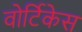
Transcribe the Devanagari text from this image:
वोर्टिकेस